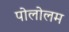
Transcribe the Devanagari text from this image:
पोलोलम